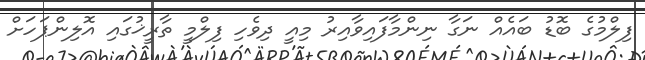
ފިލްމުގެ ބޮޑު ބައެއް ނަގާ ނިންމާފައިވާއިރު މިއީ ދިވެހި ފިލްމީ ތާރީޚުގައި އޮލިންޕަހަށް